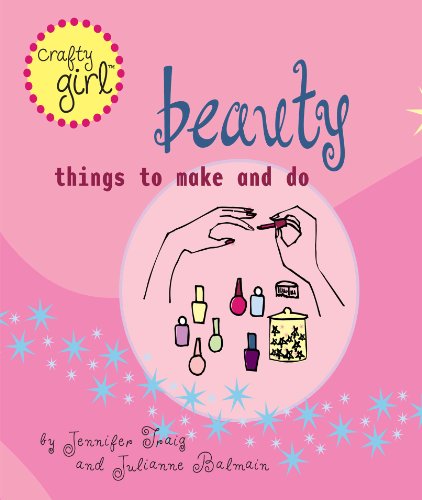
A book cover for Crafty Girl: Beauty: Things to Make and Do; Julianne Balmain; Teen & Young Adult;